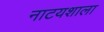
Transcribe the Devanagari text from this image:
नाटयशाला